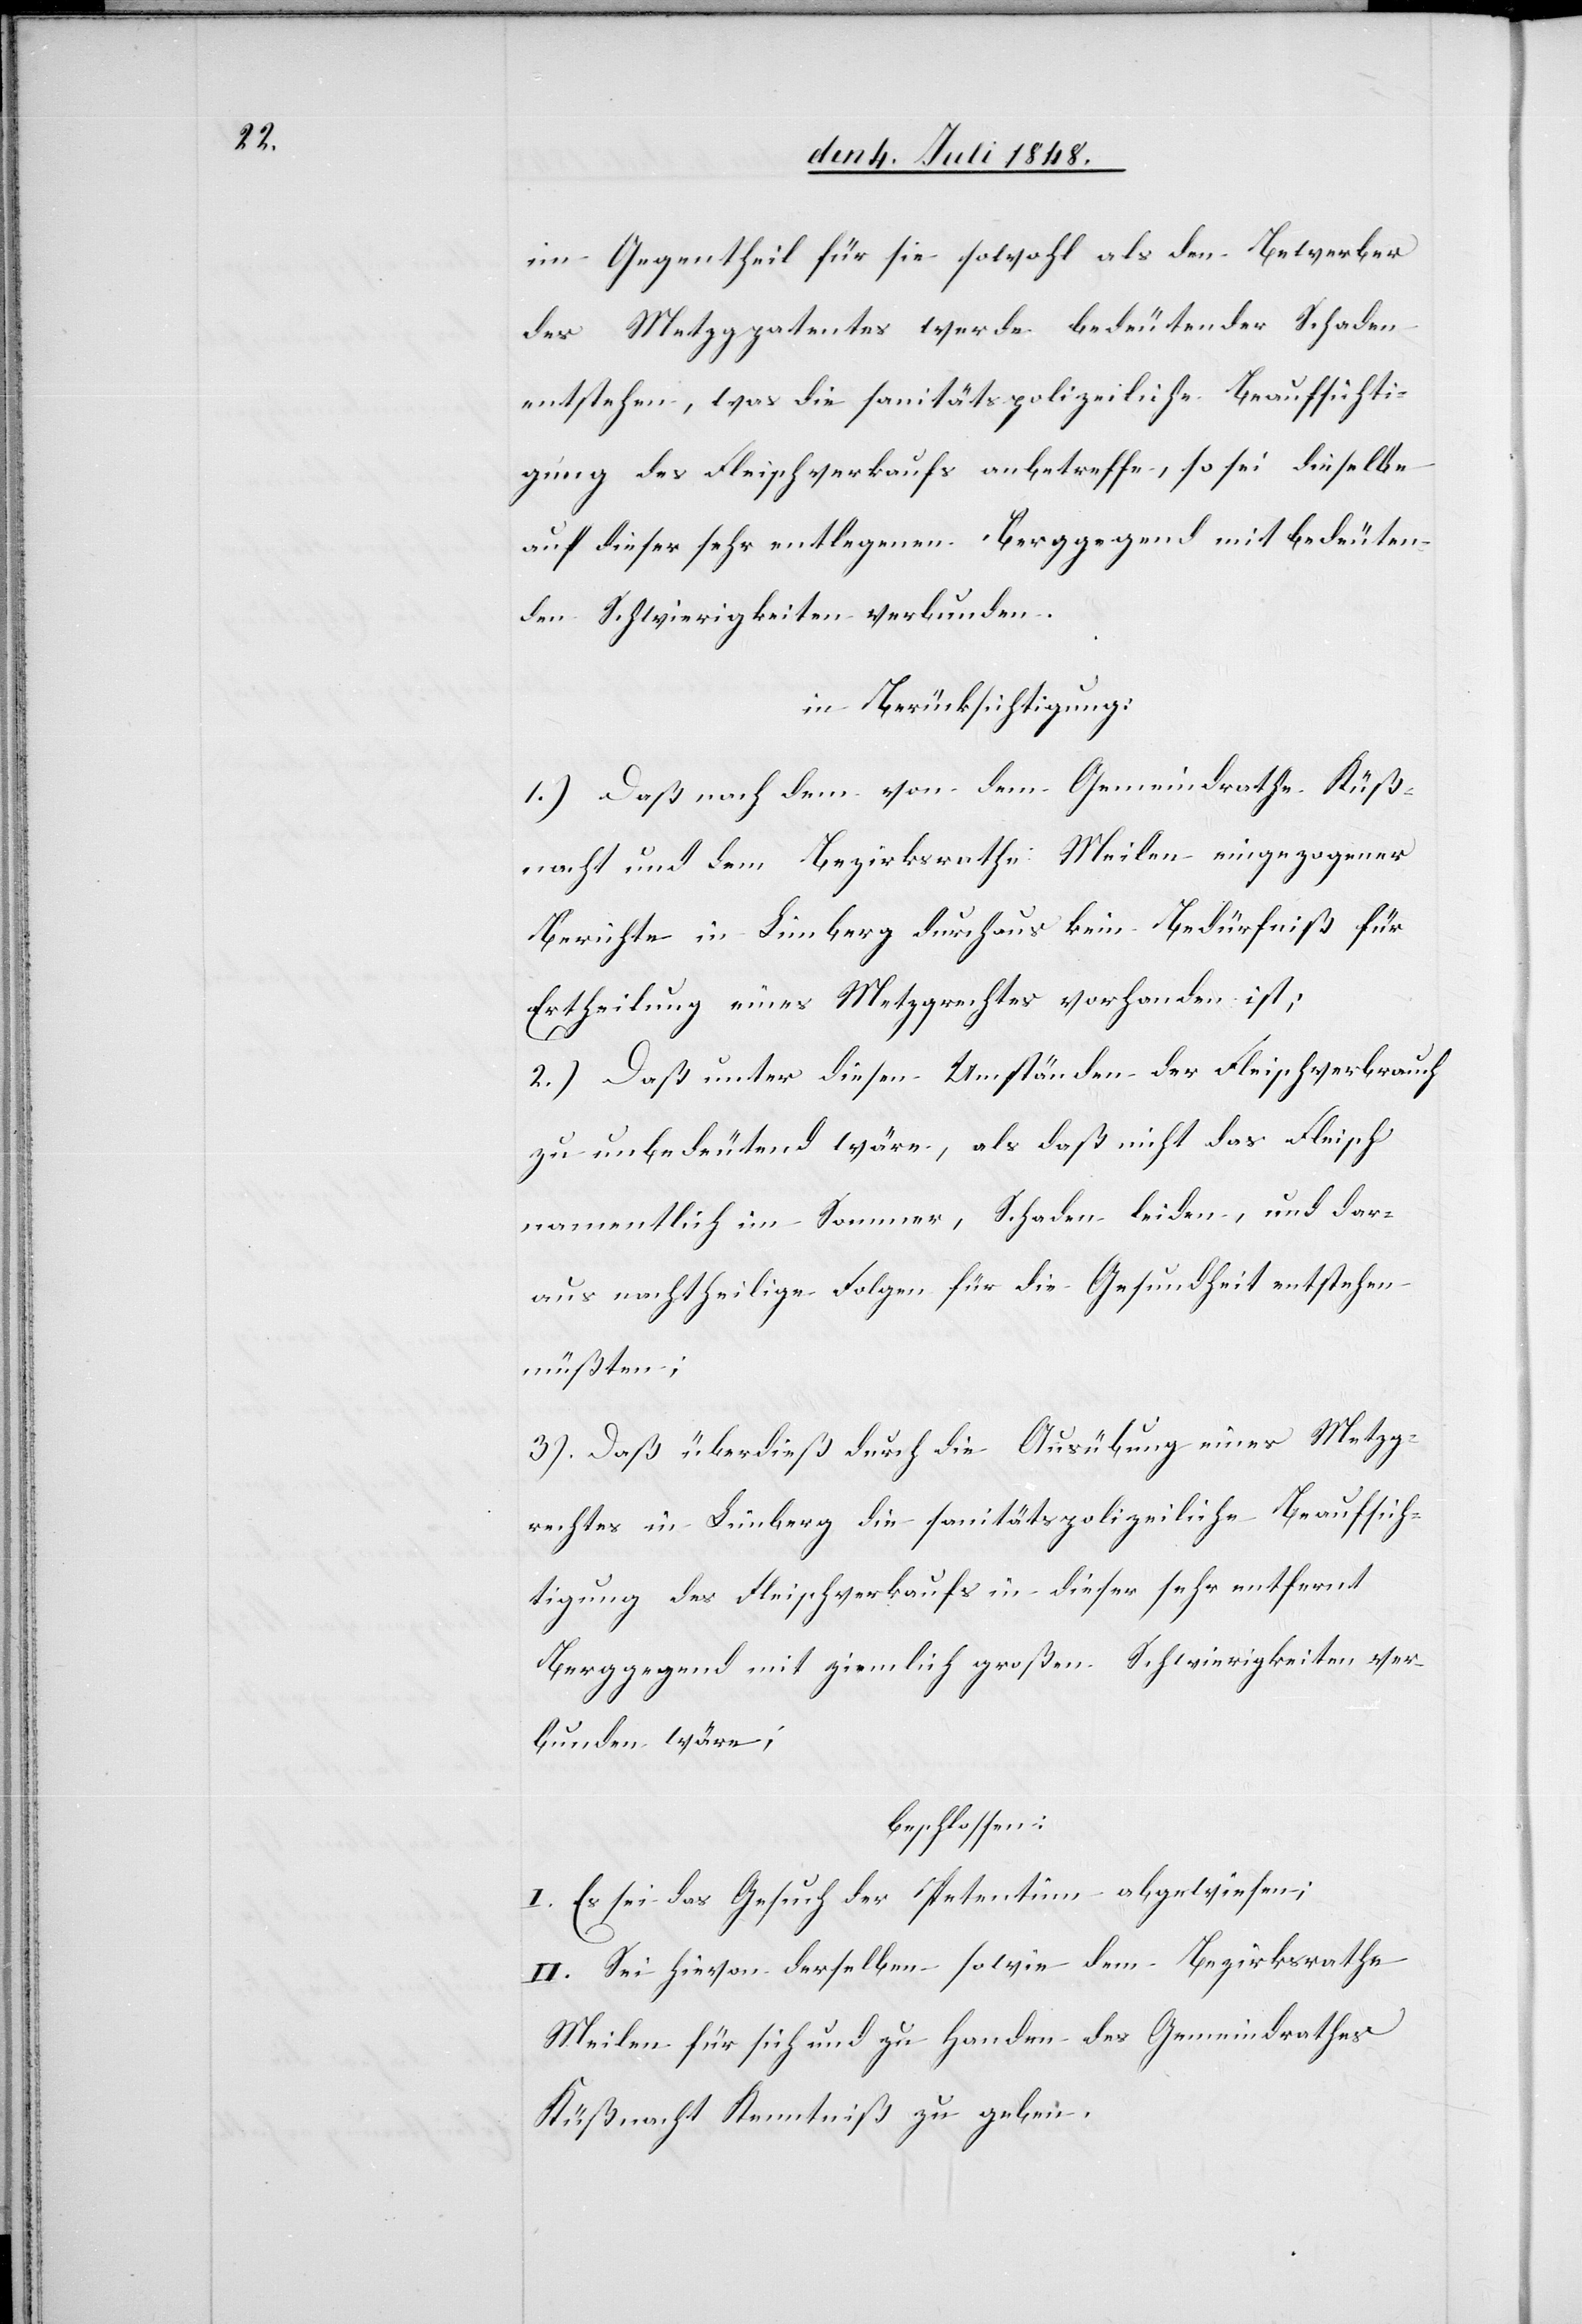
im Gegentheil für sie sowohl als den Bewerber
des Metzgpatentes werde bedeutender Schaden
entstehen, was die sanitätspolizeiliche Beaufsichti¬
gung des Fleischverkaufs anbetreffe, so sei dieselbe
auf dieser sehr entlegenen Berggegend mit bedeuten¬
den Schwierigkeiten verbunden.
in Berücksichtigung:
1.) Daß nach dem von dem Gemeindrathe Küß¬
nacht und dem Bezirksrathe Meilen eingezogener
Berichte in Limberg durchaus kein Bedürfniß für
Ertheilung eines Metzgrechtes vorhanden ist;
2.) Daß unter diesen Umständen der Fleischverbrauch
zu unbedeutend wäre, als daß nicht das Fleisch
namentlich im Sommer, Schaden leiden, und dar¬
aus nachtheilige Folgen für die Gesundheit entstehen
müßten.
3.) Daß überdieß durch die Ausübung eines Metzg¬
rechtes in Limberg die sanitätspolizeiliche Beaufsich¬
tigung des Fleischverkaufs in dieser sehr entfernt[en]
Berggegend mit ziemlich großen Schwierigkeiten ver¬
bunden wäre;
beschlossen:
I. Es sei das Gesuch der Petentinn abgewiesen;
II. Sei hievon derselben sowie dem Bezirksrathe
Meilen für sich und zu Handen des Gemeindrathes
Küßnacht Kenntniß zu geben.